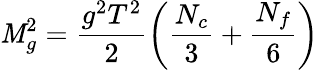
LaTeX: \mathit{M}_{g}^{2}=\frac{{g^{2}T^{2}}}{{2}}\left(\frac{{N_{c}}}{{3}}+\frac{{N_{f}}}{{6}}\right)